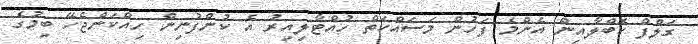
ގަލްފް ކޮބްލާއިން އެންމެ ފަހުން މަސައްކަތް ހުއްޓާލިއިރު އެ ކުންފުނިން ހިއްކަންޖެހޭ ބިމުގެ